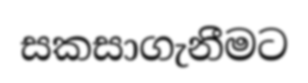
සකසාගැනීමට